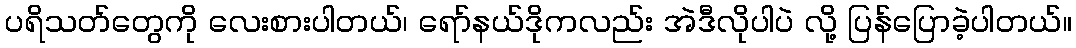
ပရိသတ်တွေကို လေးစားပါတယ်၊ ရော်နယ်ဒိုကလည်း အဲဒီလိုပါပဲ လို့ ပြန်ပြောခဲ့ပါတယ်။